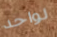
لواحد